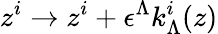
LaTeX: z^{i}\to z^{i}+\epsilon^{\Lambda}k_{\Lambda}^{i}(z)